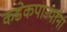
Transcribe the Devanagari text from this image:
कडेकपाऱ्यांना